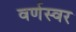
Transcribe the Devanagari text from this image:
वर्णस्वर